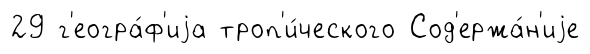
29 г'еогра́ф'иjа троп'и́ческого Сод'ержа́н'иjе